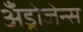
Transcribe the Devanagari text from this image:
अँड्रोजेन्स